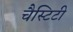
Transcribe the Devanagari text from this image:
चैस्टिटी